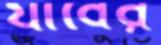
র‍্যাবের